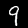
Digit: 9